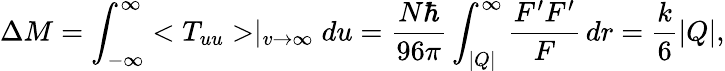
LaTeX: \Delta M=\int_{-\infty}^{\infty}<T_{uu}>\mid_{v\rightarrow\infty}du=\frac{N\hbar}{96\pi}\int_{|Q|}^{\infty}\frac{F^{\prime}F^{\prime}}{F}\, dr=\frac{k}{6}|Q|,